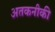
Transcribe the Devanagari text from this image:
अतकनीकी